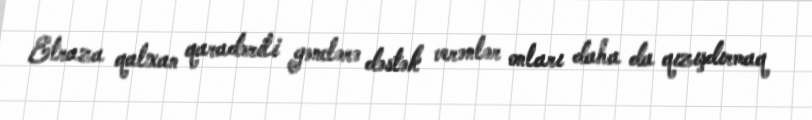
Etraza qalxan qaradərili gənclərə dəstək verənlər onları daha da qızışdırmaq